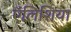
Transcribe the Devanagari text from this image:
ऍलिशिया